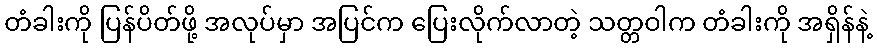
တံခါးကို ပြန်ပိတ်ဖို့ အလုပ်မှာ အပြင်က ပြေးလိုက်လာတဲ့ သတ္တဝါက တံခါးကို အရှိန်နဲ့